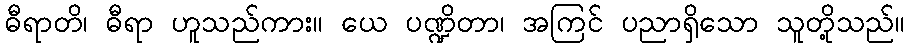
ဓီရာတိ၊ ဓီရာ ဟူသည်ကား။ ယေ ပဏ္ဍိတာ၊ အကြင် ပညာရှိသော သူတို့သည်။